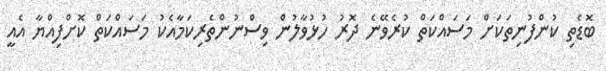
ބޮޑެތި ކުންފުނިތަކަށް މަސައްކަތް ކުރެވޭނެ ދޮރު ހުޅުވާލުން ވިސްނުންތެރިކަމާއެކު މަސައްކަތް ކޮށްފިއްޔާ އެއީ